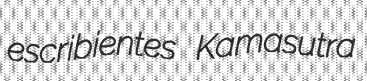
escribientes Kamasutra